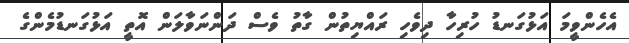
އެހެންވީމަ އަޅުގަނޑު ހުރިހާ ދިވެހި ރައްޔިތުން ގާތު ވެސް ދަންނަވާލަން އޮތީ އަޅުގަނޑުމެންގެ